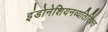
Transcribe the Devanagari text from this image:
इंडोनेशियनव्यतिरिक्त